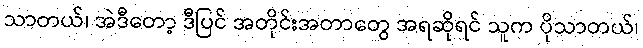
သာတယ်၊ အဲဒီတော့ ဒီပြင် အတိုင်းအတာတွေ အရဆိုရင် သူက ပိုသာတယ်၊